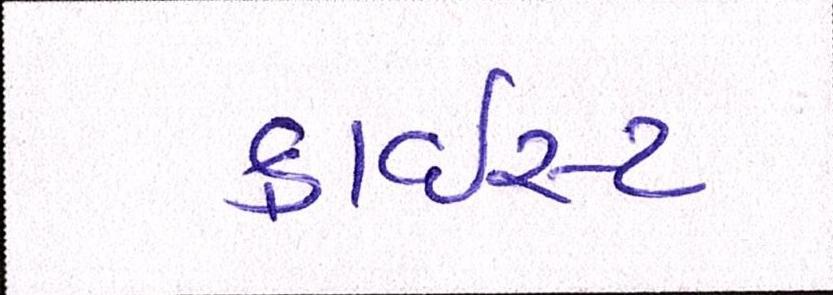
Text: ક્રાઇસ્ટ